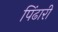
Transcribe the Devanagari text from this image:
पिंढारी